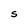
Character: S